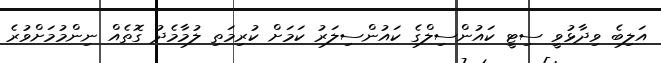
އަލިބެ ވިދާޅުވީ ސިޓީ ކައުންސިލްގެ ކައުންސިލަރު ކަމަށް ކުރިމަތި ލުމާމެދު ގޮތެއް ނިންމުމަށްވުރެ